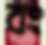
বং